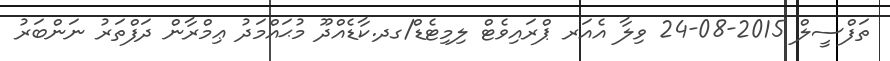
ތަފްސީލް 2015-08-24 ވިލާ އެއަރ ޕްރައިވެޓް ލިމިޓެޑް/ގދ.ކާޑެއްދޫ މުޙައްމަދު ޢިމްރާން ދަފްތަރު ނަންބަރު